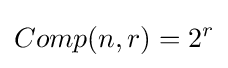
Comp(n,r)=2^{r}